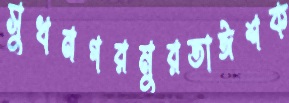
সুখনগরমুরতাঈশক